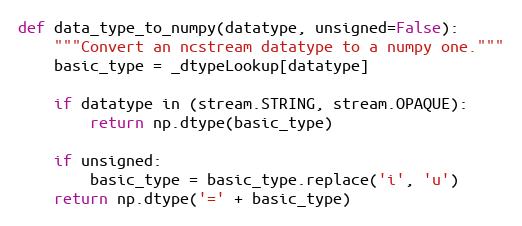
Language: Python
def data_type_to_numpy(datatype, unsigned=False):
    """Convert an ncstream datatype to a numpy one."""
    basic_type = _dtypeLookup[datatype]

    if datatype in (stream.STRING, stream.OPAQUE):
        return np.dtype(basic_type)

    if unsigned:
        basic_type = basic_type.replace('i', 'u')
    return np.dtype('=' + basic_type)